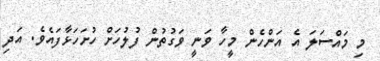
މި މައްސަލަ އެ އަންހެން މީހާ ވަނީ ވަގުތުން ފުލުހަށް ހުށަހަޅާފައެވެ. އަދި